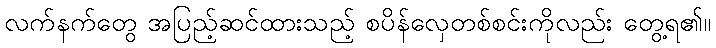
လက်နက်တွေ အပြည့်ဆင်ထားသည့် စပိန်လှေတစ်စင်းကိုလည်း တွေ့ရ၏။